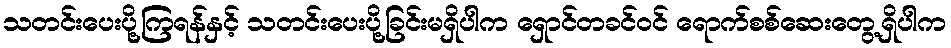
သတင်းပေးပို့ကြရန်နှင့် သတင်းပေးပို့ခြင်းမရှိပါက ရှောင်တခင်ဝင် ရောက်စစ်ဆေးတွေ့ရှိပါက